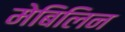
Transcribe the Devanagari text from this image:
मेबिलिन